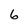
Character: 6